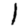
Digit: 1